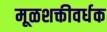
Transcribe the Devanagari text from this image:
मूळशक्तीवर्धक